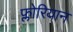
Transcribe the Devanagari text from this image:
फ्लोरियान